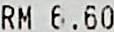
RM 6.60